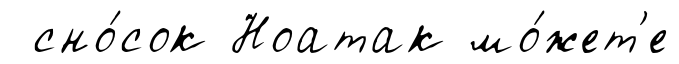
сно́сок Ноатак мо́жет'е